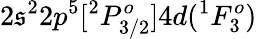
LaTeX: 2\mathfrak{s}^{2}2p^{5}[^{2}P_{3/2}^{o}]4d(^{1}F_{3}^{o})